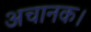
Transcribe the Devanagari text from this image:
अचानक।